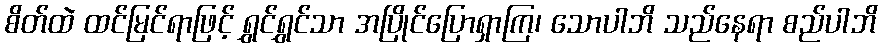
စိတ်ထဲ ထင်မြင်ရာဖြင့် ရွှင်ရွှင်သာ အပြိုင်ပြောရှာကြ၊ သောပါဘိ သည်နေရာ စည်ပါဘိ